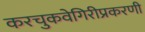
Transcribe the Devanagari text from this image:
करचुकवेगिरीप्रकरणी